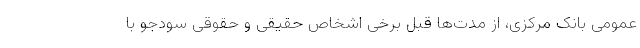
عمومی بانک مرکزی، از مدت‌ها قبل برخی اشخاص حقیقی و حقوقی سودجو با